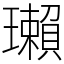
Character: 瓎